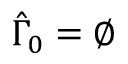
\hat { \Gamma } _ { 0 } = \varnothing